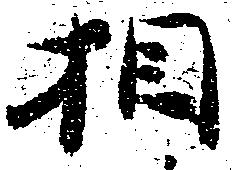
相